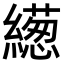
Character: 繱